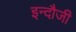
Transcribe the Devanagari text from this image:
इन्दौजी